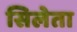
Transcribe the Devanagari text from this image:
सिलेता